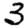
Digit: 3